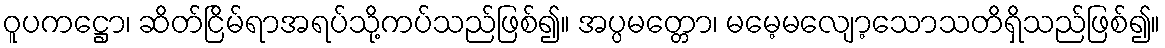
ဝူပကဋ္ဌော၊ ဆိတ်ငြိမ်ရာအရပ်သို့ကပ်သည်ဖြစ်၍။ အပ္ပမတ္တော၊ မမေ့မလျော့သောသတိရှိသည်ဖြစ်၍။